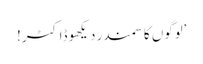
’لوگوں کا سمندر دیکھو ڈاکٹر!